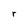
Character: r